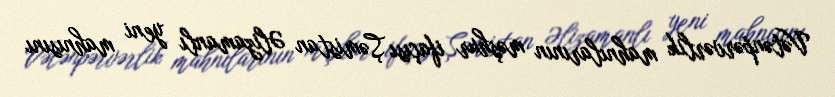
Vətənpərvərlik mahnılarının məşhur ifaçısı Şəmistan Əlizamanlı yeni mahnısını